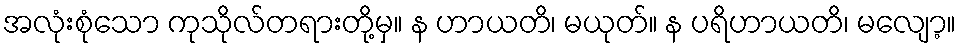
အလုံးစုံသော ကုသိုလ်တရားတို့မှ။ န ဟာယတိ၊ မယုတ်။ န ပရိဟာယတိ၊ မလျော့။